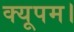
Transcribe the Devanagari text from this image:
क्यूपम।